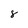
Character: 8